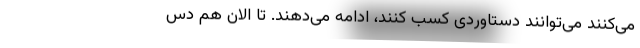
می‌کنند می‌توانند دستاوردی کسب کنند، ادامه می‌دهند. تا الان هم دس